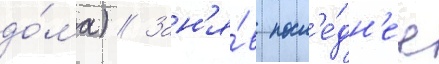
до́ма) // Зан'я́в посл'е́дн'ее